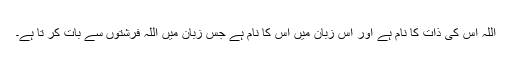
اللہ اُس کی ذات کا نام ہے اور اُس زبان میں اُس کا نام ہے جس زبان میں اللہ فرشتوں سے بات کر تا ہے۔